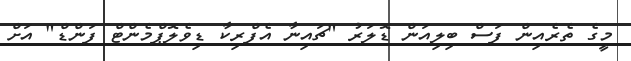
މީގެ ތެރެއިން ފަސް ބިލިއަން ޑޮލަރު "ޗައިނާ އެފްރިކާ ޑިވެލޮޕްމެންޓް ފަންޑް" އަށް